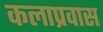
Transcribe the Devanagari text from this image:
कलाप्रवास